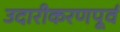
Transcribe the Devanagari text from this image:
उदारीकरणपूर्व